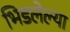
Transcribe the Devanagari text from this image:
भिडलेल्या